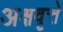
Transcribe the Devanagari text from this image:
अक्षवृत्ते